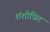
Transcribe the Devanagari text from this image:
शंशोधित